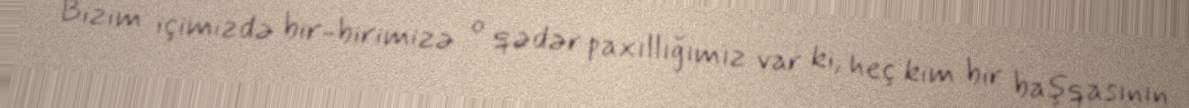
Bizim içimizdə bir-birimizə o qədər paxıllığımız var ki, heç kim bir başqasının